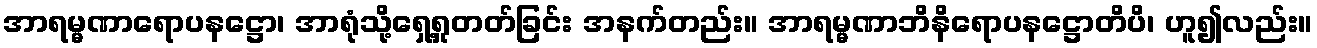
အာရမ္မဏာရောပနဋ္ဌော၊ အာရုံသို့ရှေ့ရှုတတ်ခြင်း အနက်တည်း။ အာရမ္မဏာဘိနိရောပနဋ္ဌောတိပိ၊ ဟူ၍လည်း။